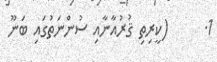
1.      (ކީރިތި ޤުރުއާނާއި ސުންނަތުގައި ބަނޫ